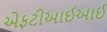
એફટીઆઈઆઈ